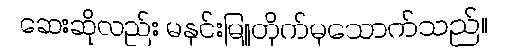
ဆေးဆိုလည်း မနှင်းမြူတိုက်မှသောက်သည်။